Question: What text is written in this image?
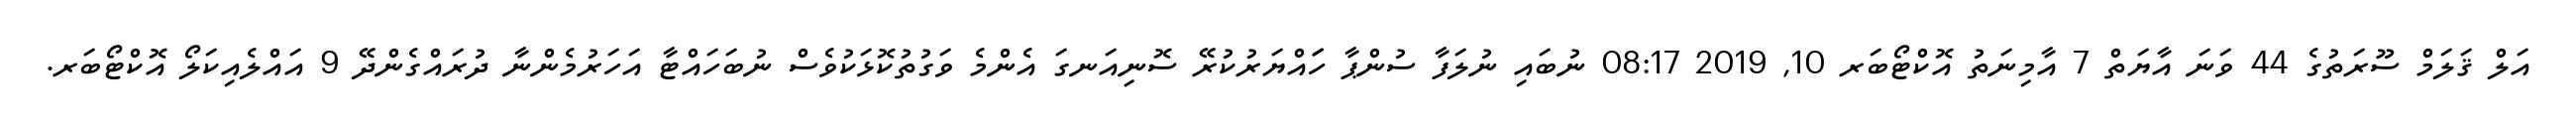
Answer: އަލް ޤަލަމް ސޫރަތުގެ 44 ވަނަ އާޔަތް 7 އާމިނަތު އޮކްޓޯބަރ 10, 2019 08:17 ނުބައި ނުލަފާ ސުންޕާ ހަައްޔަރުކުރޭ ސޮނިއަނގަ އެންމެ ވަގުތުކޮޅަކުވެސް ނުބަހައްޓާ އަހަރުމެންނާ ދުރައްގެންދޭ 9 އައްލެއިކަލޯ އޮކްޓޯބަރ.